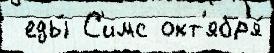
 еды́ С'имс окт'ябр'я́